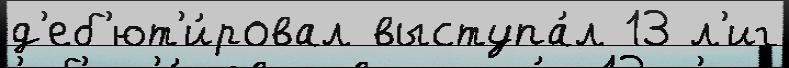
д'еб'ют'и́ровал выступа́л 13 л'иг